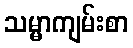
သမ္မာကျမ်းစာ